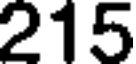
215